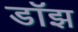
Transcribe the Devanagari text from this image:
डॉझ